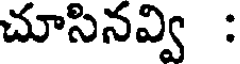
చూసినవ్వి :